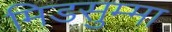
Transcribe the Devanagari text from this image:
मिडसुम्मा